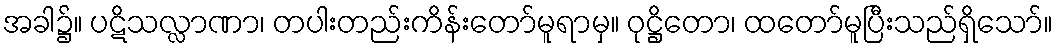
အခါ၌။ ပဋိသလ္လာဏာ၊ တပါးတည်းကိန်းတော်မူရာမှ။ ဝုဋ္ဌိတော၊ ထတော်မူပြီးသည်ရှိသော်။